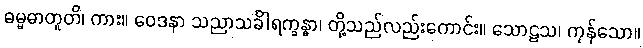
ဓမ္မဓာတူတိ၊ ကား။ ဝေဒနာ သညာသင်္ခါရက္ခန္ဓာ၊ တို့သည်လည်းကောင်း။ သောဠသ၊ ကုန်သော။